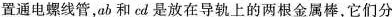
置通电螺线管，ab和cd是放在导轨上的两根金属棒，它们分